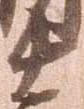
十